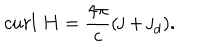
c u r l \, \, { \bf H } = \frac { 4 \pi } { c } ( { \bf j } + { \bf j } _ { d } ) .